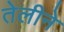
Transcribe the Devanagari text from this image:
तेलीने